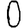
Digit: 0